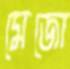
মেজো